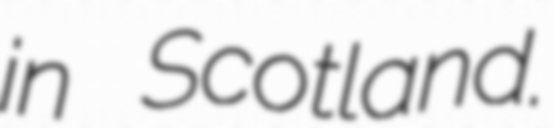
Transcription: in Scotland.